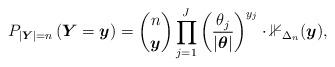
LaTeX: \begin{align*}P_{\vert\boldsymbol{Y}\vert=n}\left(\boldsymbol{Y} = \boldsymbol{y}\right) = \binom{n}{\boldsymbol{y}} \prod_{j=1}^J \left(\frac{\theta_j}{\vert\boldsymbol{\theta}\vert}\right)^{y_j} \cdot \mathbb{1}_{\Delta_{n}}(\boldsymbol{y}),\end{align*}